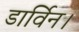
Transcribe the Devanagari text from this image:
डार्विन।